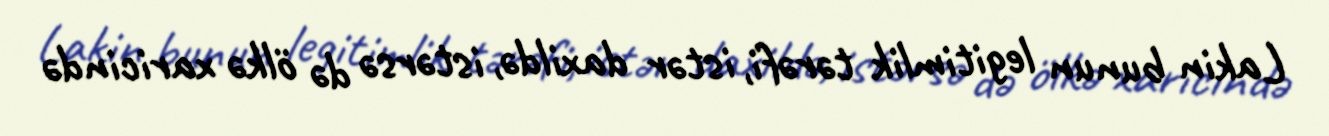
Lakin bunun legitimlik tərəfi, istər daxildə, istərsə də ölkə xaricində